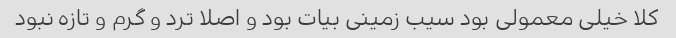
کلا خیلی معمولی بود سیب زمینی بیات بود و اصلا ترد و گرم و تازه نبود